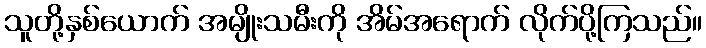
သူတို့နှစ်ယောက် အမျိုးသမီးကို အိမ်အရောက် လိုက်ပို့ကြသည်။